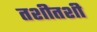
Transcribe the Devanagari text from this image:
तशीतशी